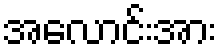
အလောင်းအား